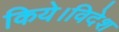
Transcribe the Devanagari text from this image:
किये।विदेश